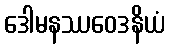
ဒေါမနဿဝေဒနိယံ